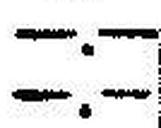
—.—